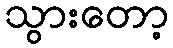
သွားတော့